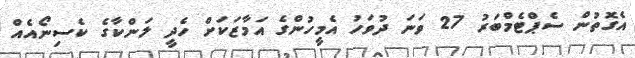
އެގޮތުން ސެޕްޓެމްބަރު 27 ވަނަ ދުވަހު އެމީހުންގެ އަމާޒަކަށް ހެދީ ލަންކާގެ ކެސިނޯއެއް